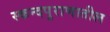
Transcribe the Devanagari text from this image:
स्कन्दपुराणातील